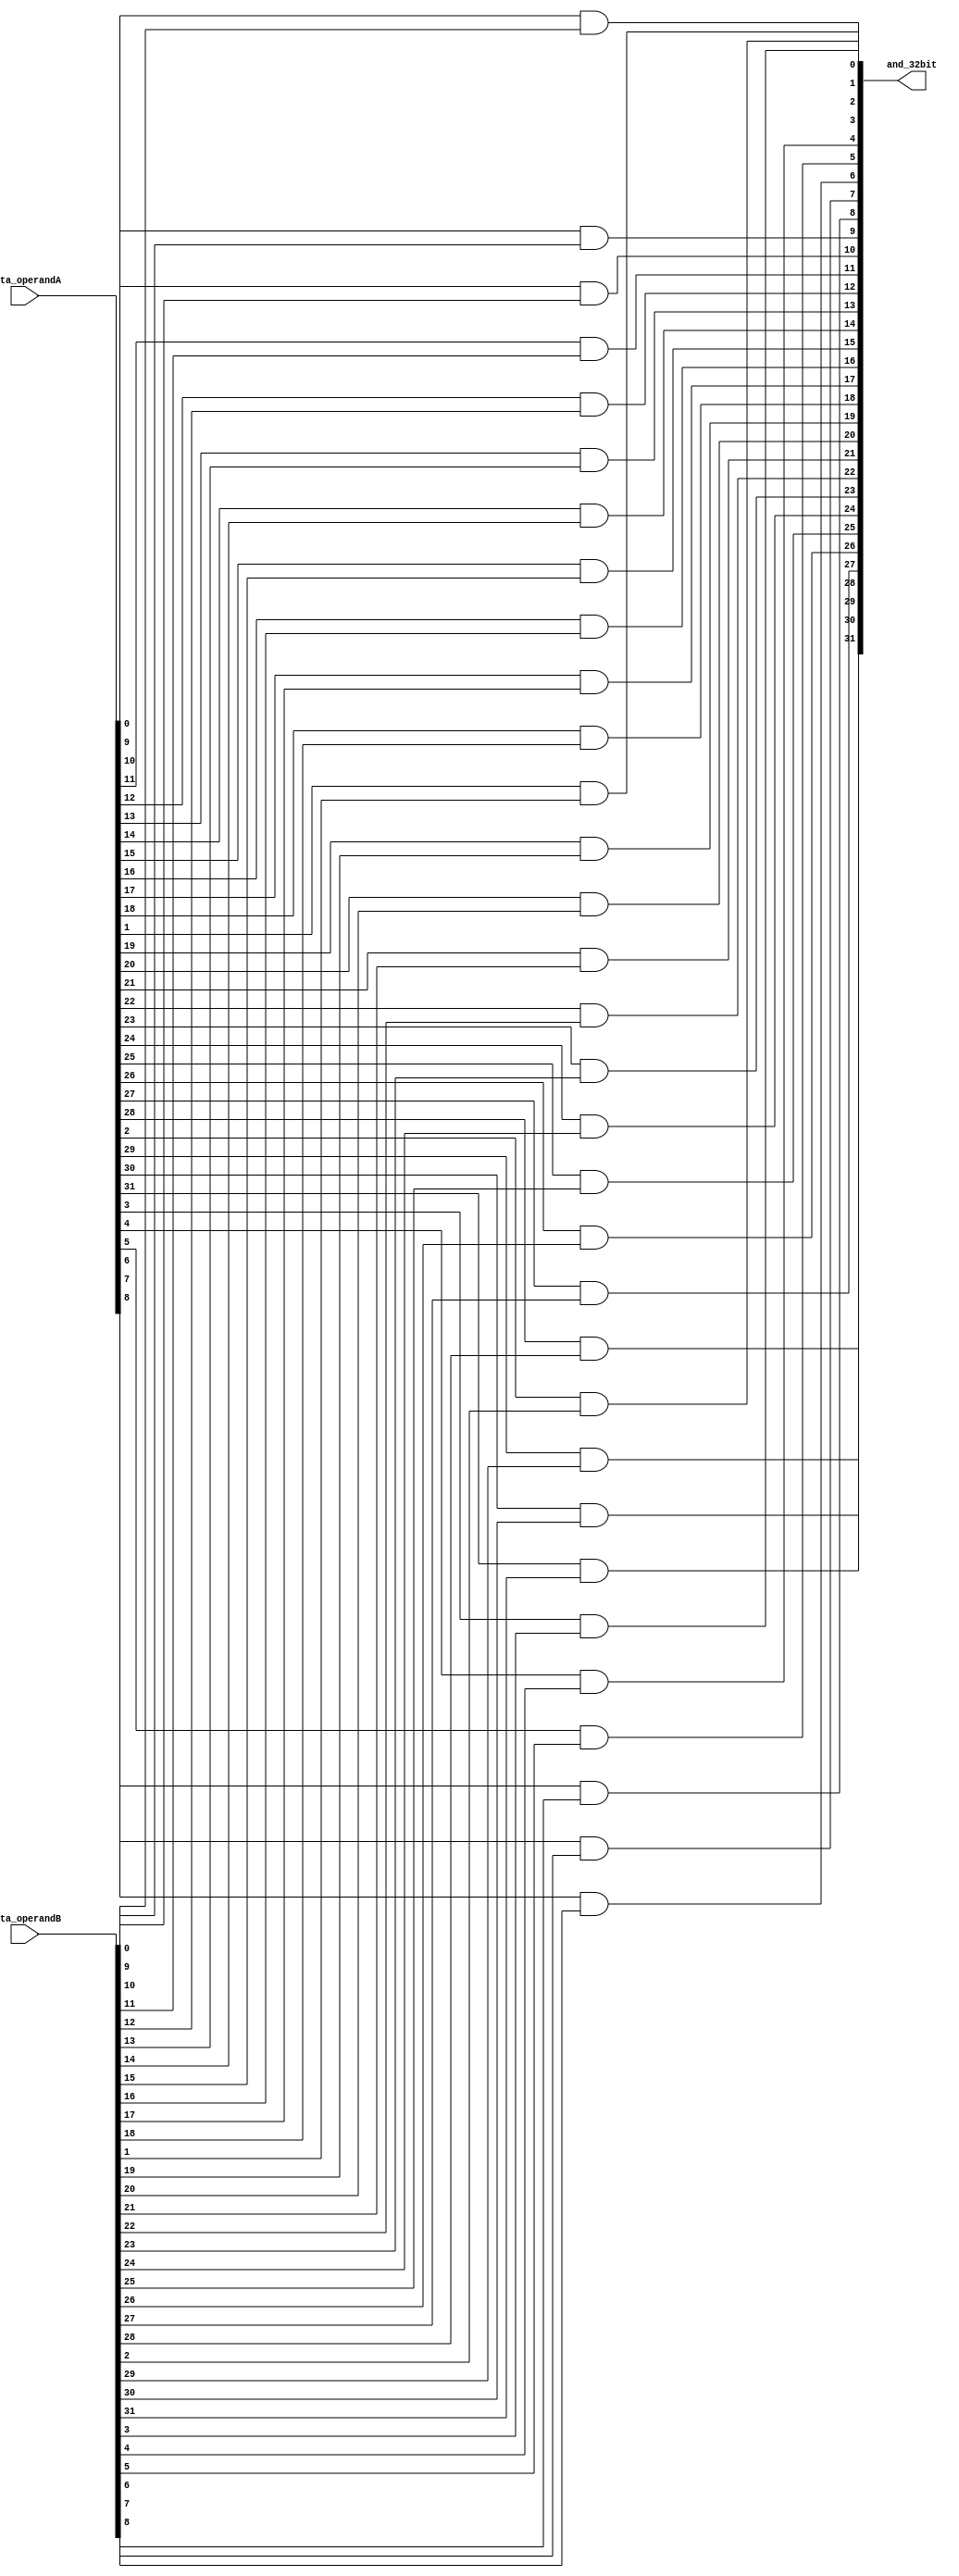
module AND_32bit(and_32bit, data_operandA, data_operandB);

    output [31:0] and_32bit;
	 input [31:0] data_operandA, data_operandB;
	 genvar i;
	 generate
	     for(i=0;i<=31;i=i+1)
		  begin:start
		      and (and_32bit[i], data_operandA[i], data_operandB[i]);
		  end
	 endgenerate
	 
endmodule